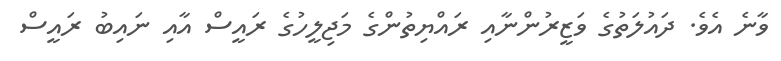
ވާނެ އެވެ. ދައުލަތުގެ ވަޒީރުންނާއި ރައްޔިތުންގެ މަޖިލީހުގެ ރައީސް އާއި ނައިބު ރައީސް